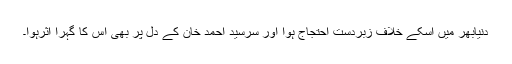
دنیابھر میں اسکے خلاف زبردست احتجاج ہوا اور سرسید احمد خان کے دل پر بھی اس کا گہرا اثرہوا۔